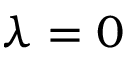
\lambda = 0